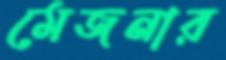
মেজনার